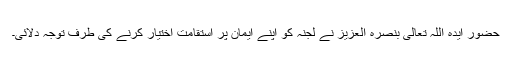
حضور ایدہ اللہ تعالیٰ بنصرہ العزیز نے لجنہ کو اپنے ایمان پر استقامت اختیار کرنے کی طرف توجہ دلائی۔